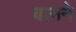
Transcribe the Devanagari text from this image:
बानने